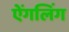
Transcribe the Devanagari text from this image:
ऐंगलिंग